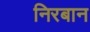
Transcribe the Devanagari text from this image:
निरबान